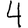
Digit: 4